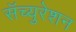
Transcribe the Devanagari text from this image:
सॅच्युरेशन